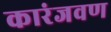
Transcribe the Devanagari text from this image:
कारंजवण